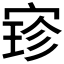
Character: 𫳚